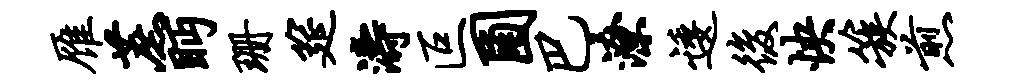
雁蔗眄珊筵涛叵圃巴潦逶后怏簇煎